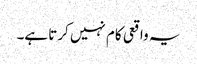
یہ واقعی کام نہیں کرتا ہے۔